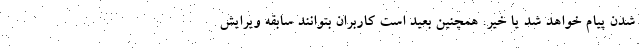
شدن پیام خواهد شد یا خیر. همچنین بعید است کاربران بتوانند سابقه ویرایش